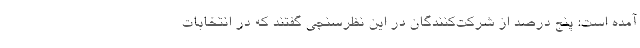
آمده است: پنج درصد از شرکت‌کنندگان در این نظرسنجی گفتند که در انتخابات